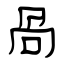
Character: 咼